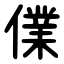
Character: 㒒